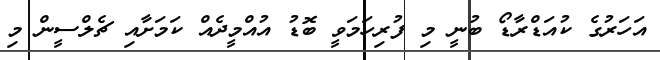
އަހަރުގެ ކުއަޑްރާޑޯ ބުނީ މި ފުރިހަމަވީ ބޮޑު އުއްމީދެއް ކަމަށާއި ޗެލްސީން މި